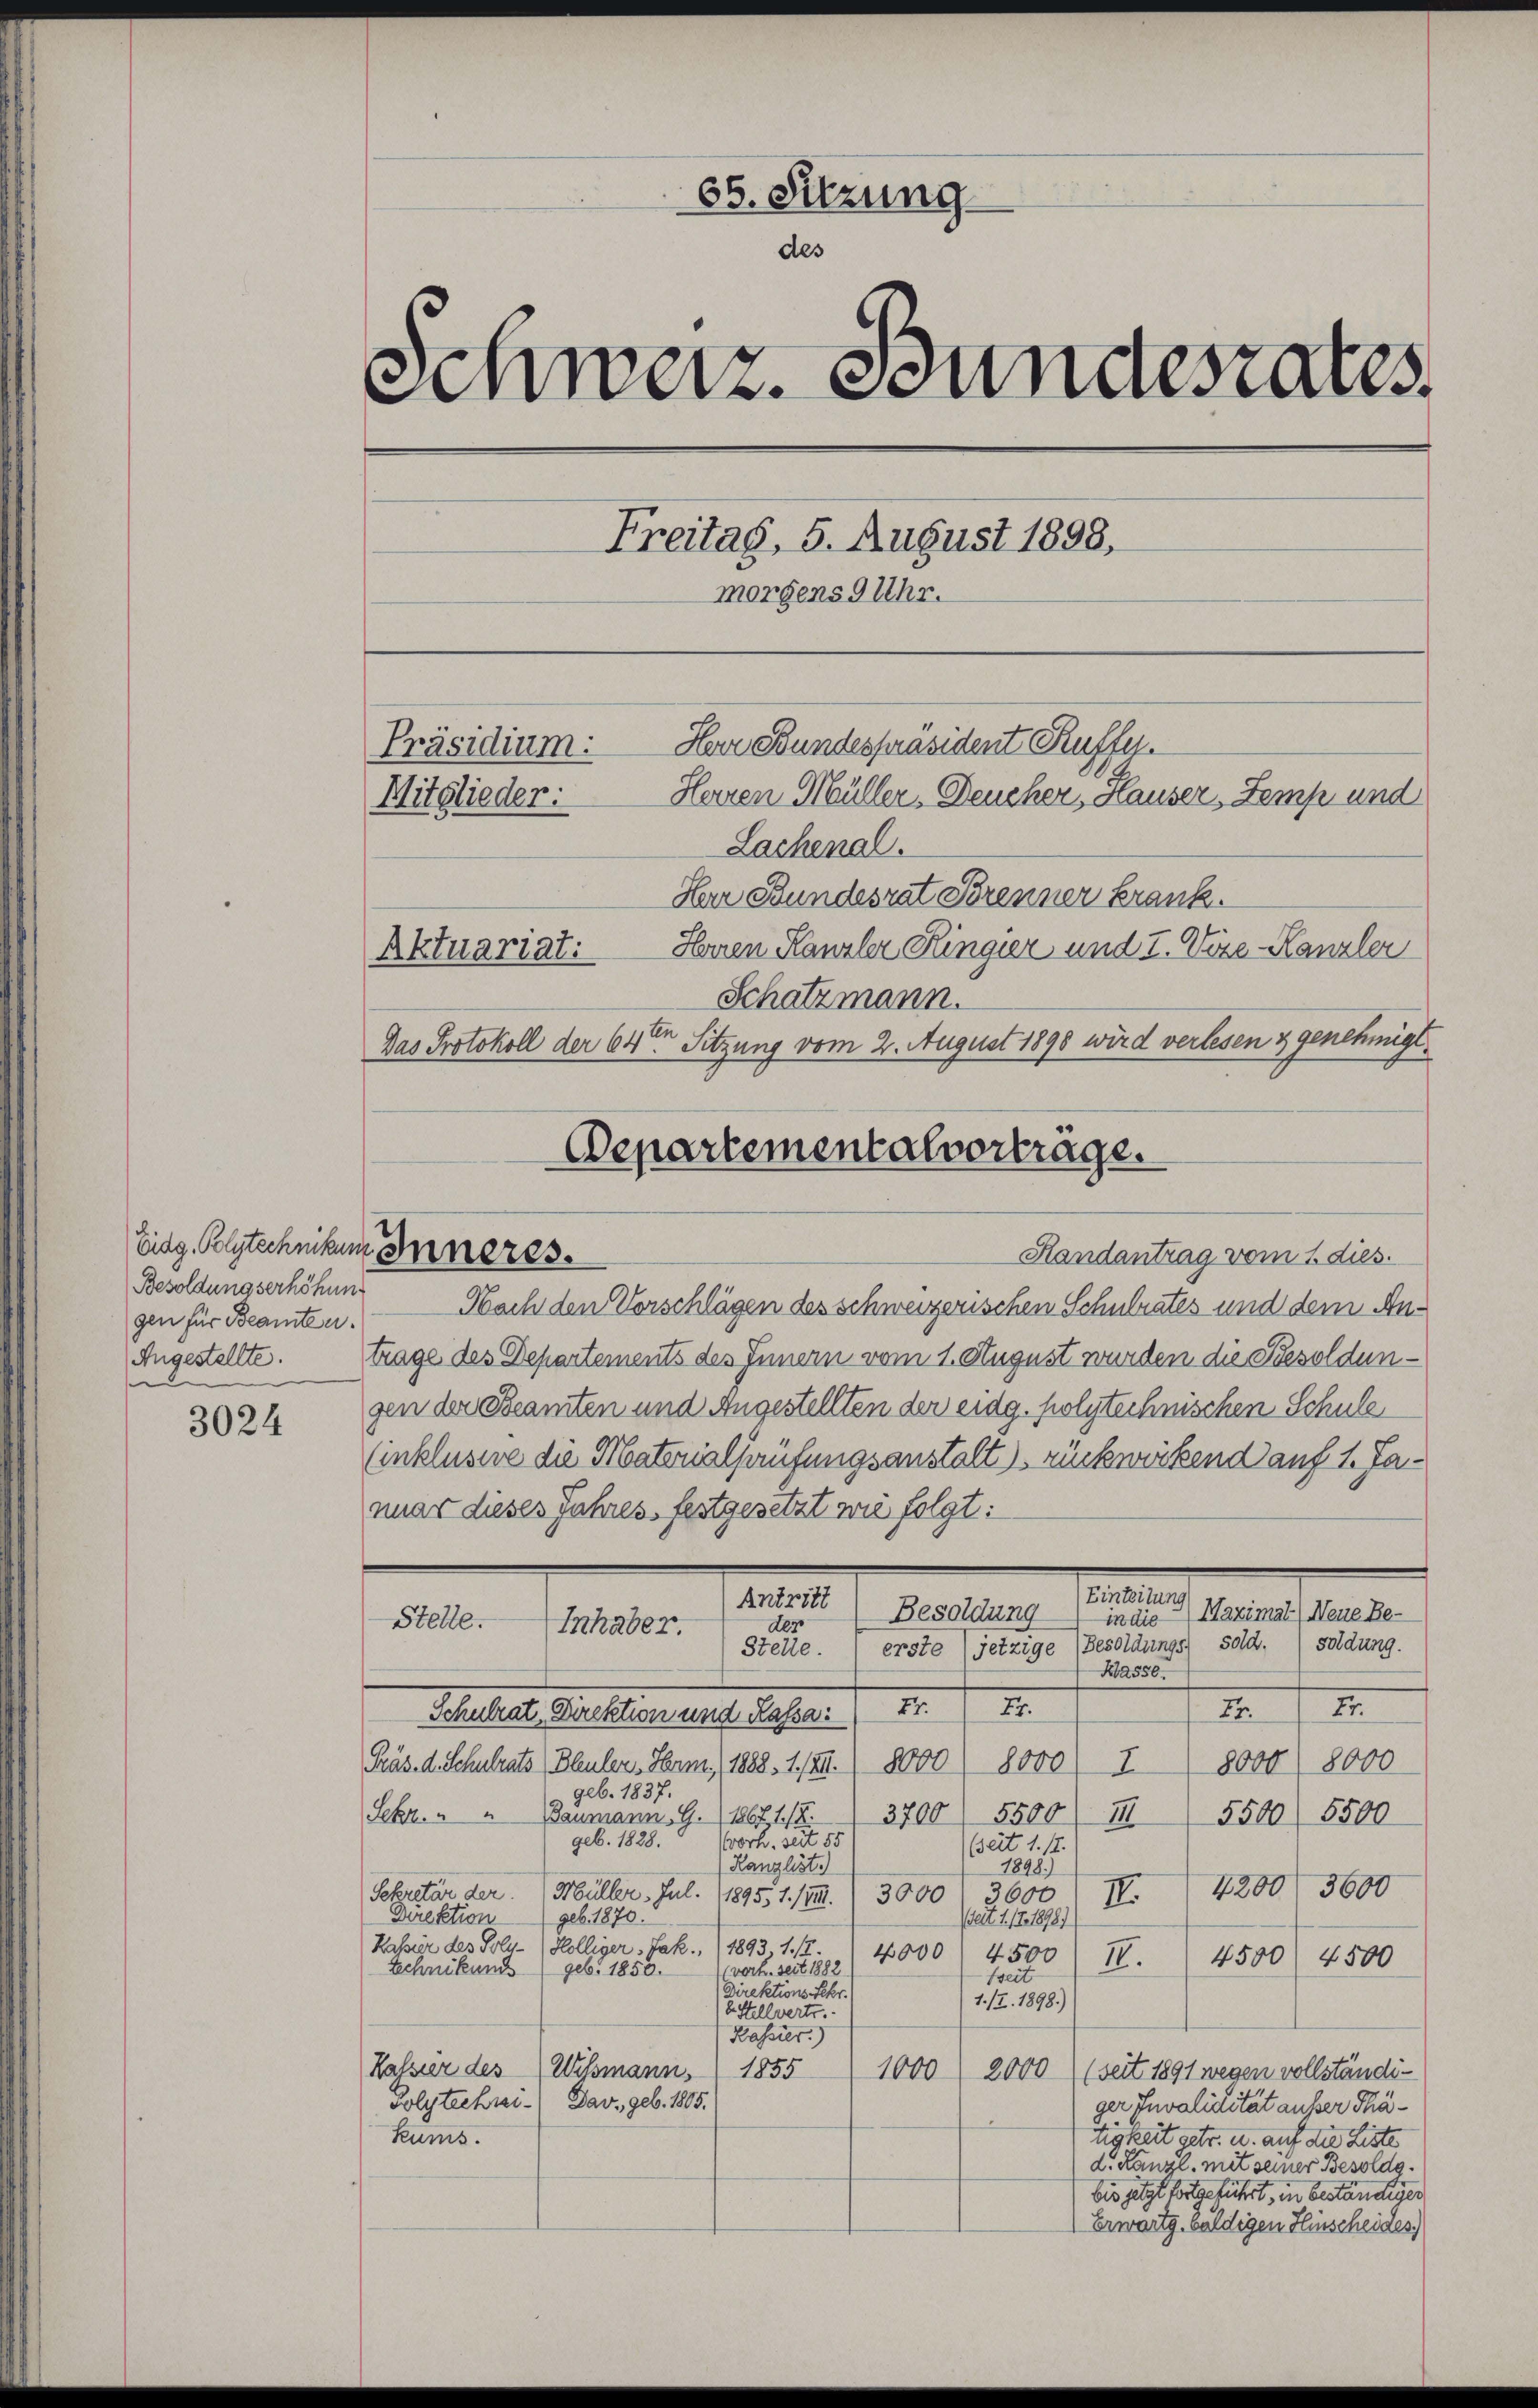
Besoldungserhöhung
gen für Beamte u.
Angestellte.
s

3024

65. Sitzung
des
Schweiz. Stundesrates
Freitag, 5. August 1898,
morgens 9 Uhr.
Herr Bundespräsident Kuffer
Präsidium.
Herren Müller, Deucher, Hauser, Zemp und
Mitglieder:
Lachenal.
Her Bundesrat Brenner Frank.
Herren Kanzler Ringier und 7. Vize-Kanzler
Aktuariat:
Schatzmann.
Das Protokoll der 64ten Sitzung vom 2. August 1898 wird verlesen & genehmigt

Departementalvorträge.
Eidg. Polytechnikum Inneres.
Handantrag vom 1. dies

Nach den Vorschlägen des schweizerischen Schulrates und dem Antrage des Departements des Innern vom 1. August wurden die Besoldungen der Beamten und Angestellten der eidg. polytechnischen Schule
(inklusive die Materialhaufungsanstalt) rückwirkend auf 1. Januar dieses Jahres, festgesetzt wie folgt:
in die Maximal) Neue Be-
Stelle.
soldung.
erste (jetzige (Besoldungs- sold.
Ra556.
II.
i
II.
I
Schalest Direktion und Rasen.
Präs. d. Schulrats (Bleulers, Herm. 1888, 1./XII.) 8000
8000 I 8000) 8000
geb. 1837.
Sekr.
Baumann, G. 1867 1/2.
5500 III 5500/ 5500
3700
geb. 1828.
Corh. seit 55
Bseit 1. 17.
(Kanzlist.
1898.)
4200. 3600
Sekretär der Müller, Jul. 1895, 1. /12.
3000. 3600
II.
Direktion
geb. 1870.
(seit 1. 17. 1878.
Kassier des Poly- (Kölliger, Jak., (1893 1./12. 4000. 4500 IV.
4500 f 4500
vor. seit 1882
Echnikund geb. 1850.
breit
Direktions Fehr.
1./2. 1898.)
b. Stellvertr.
Kassier.)
Kassier des Wissmann, 1855
1000, 2000 ((seit 1891 wegen vollständi¬
Polytechnen. Dav. geb. 1805.
ger Invalidität ausser Thäkums.
tigkeit getr. u. auf die Liste
d. Kanzl. mit seiner Besoldg.
bis jetzt fortgeführt, in beständiger
Erwartg. Guldigen Hinscheides.

Antritt
Besoldung
der
Inhaber.
Stelle.

Einteilung